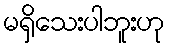
မရှိသေးပါဘူးဟု